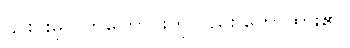
၎င်းင်းမှလွတ်ကြောင်းကိုလည်း ဟောထား၏။